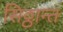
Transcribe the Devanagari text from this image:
सिठ्ठान्त